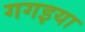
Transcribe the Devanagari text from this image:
गगइया